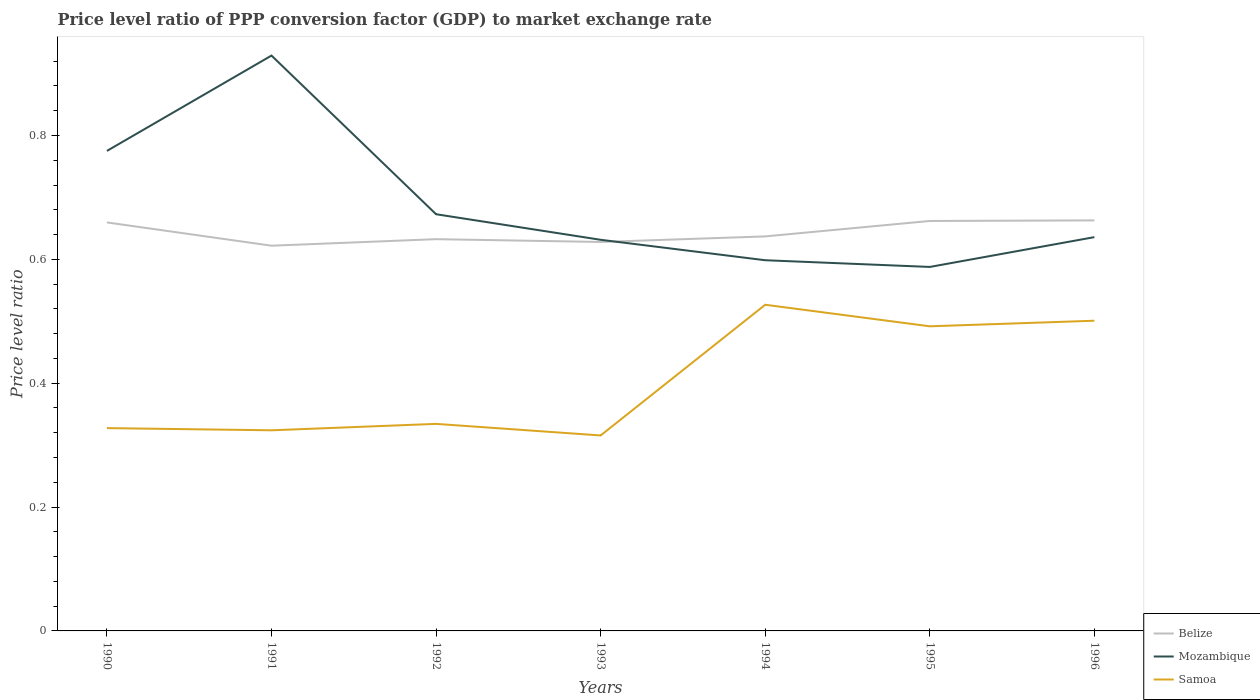
| Years | Belize | Mozambique | Samoa |
 | --- | --- | --- | --- |
 | 1990 | 0.66 | 0.775 | 0.327 |
 | 1991 | 0.622 | 0.929 | 0.324 |
 | 1992 | 0.633 | 0.673 | 0.334 |
 | 1993 | 0.628 | 0.632 | 0.316 |
 | 1994 | 0.637 | 0.599 | 0.527 |
 | 1995 | 0.662 | 0.588 | 0.492 |
 | 1996 | 0.663 | 0.636 | 0.501 |